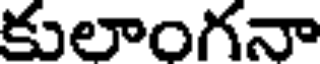
కులాంగనా